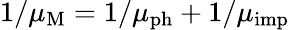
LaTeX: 1/\mu_{\mathrm{M}}=1/\mu_{\mathrm{ph}}+1/\mu_{\mathrm{imp}}